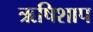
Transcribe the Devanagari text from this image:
ऋषिशाप